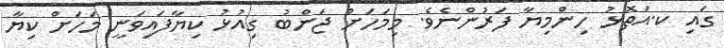
ގައި ކ.އަތޮޅު ހިންމިޔާ ފަރުންނެވެ. މިމަހަށް ޖަންބު ގިއުޅު ކިޔާފައިވަނީ މަހަށް ކިޔާ